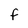
Character: F